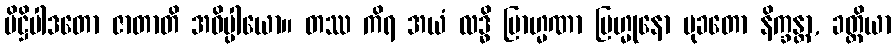
ပိဋ္ဌိပါဒတော ဇာတာတိ အဓိပ္ပါယော။ တဿ ကိရ အယံ လဒ္ဓိ ဗြာဟ္မဏာ ဗြဟ္မုနော မုခတော နိက္ခန္တာ, ခတ္တိယာ